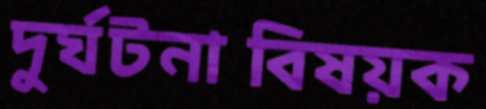
দুর্ঘটনাবিষয়ক